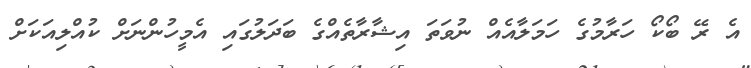
އެ ރޭ ބޯކޯ ހަރާމުގެ ހަމަލާއެއް ނުވަތަ އިޝާރާތެއްގެ ބަދަލުގައި އެމީހުންނަށް ކުއްލިއަކަށް